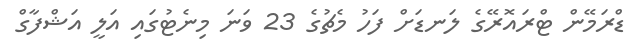
ޑްރަމޭން ޓްރައޮރޭގެ ލަނޑަށް ފަހު މެޗުގެ 23 ވަނަ މިނެޓުގައި އަލީ އަޝްފާގް